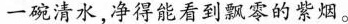
一碗清水，净得能看到飘零的紫烟。